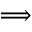
\Longrightarrow